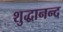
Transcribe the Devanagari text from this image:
शुद्धानन्द